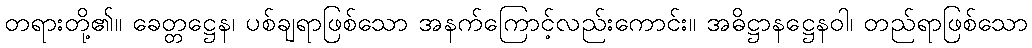
တရားတို့၏။ ခေတ္တဋ္ဌေန၊ ပစ်ချရာဖြစ်သော အနက်ကြောင့်လည်းကောင်း။ အဓိဋ္ဌာနဋ္ဌေနဝါ၊ တည်ရာဖြစ်သော